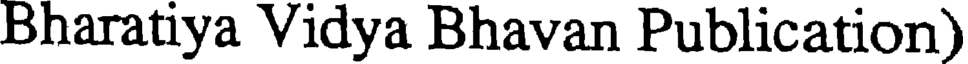
Bharatiya Vidya Bhavan Publication)